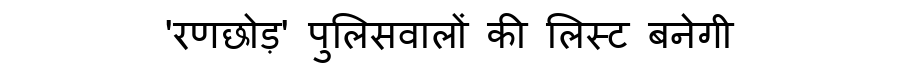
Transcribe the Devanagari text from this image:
'रणछोड़' पुलिसवालों की लिस्ट बनेगी